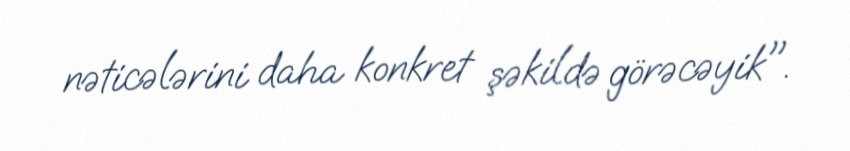
nəticələrini daha konkret şəkildə görəcəyik".